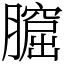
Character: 𦡆